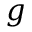
g